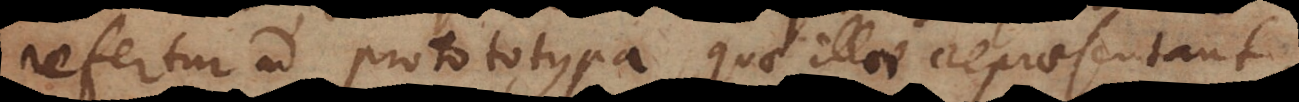
refertur ad prototypa quae illae repraesentant,